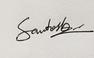
Signature authenticity: genuine